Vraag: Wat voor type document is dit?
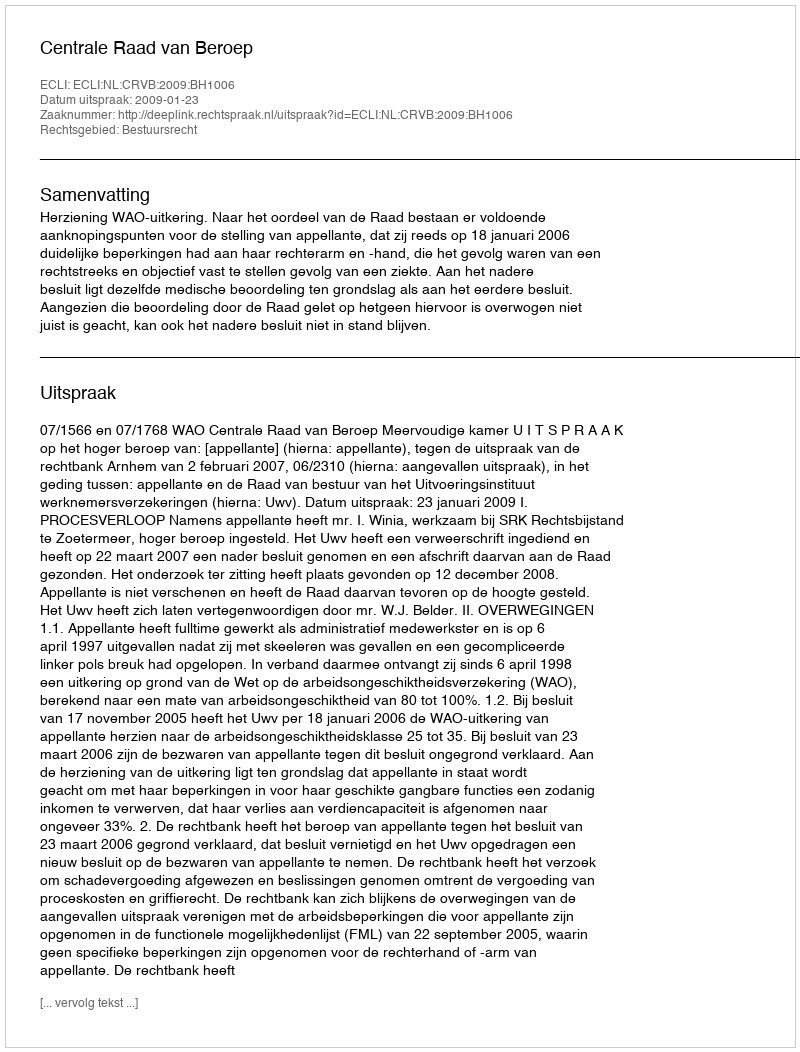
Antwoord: Uitspraak